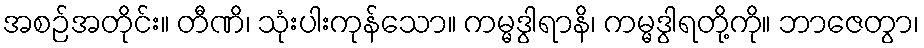
အစဉ်အတိုင်း။ တီဏိ၊ သုံးပါးကုန်သော။ ကမ္မဒွါရာနိ၊ ကမ္မဒွါရတို့ကို။ ဘာဇေတွာ၊